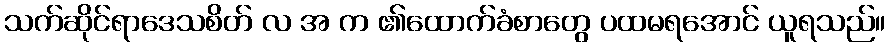
သက်ဆိုင်ရာဒေသစိတ် လ အ က ၏ထောက်ခံစာတွေ ပထမရအောင် ယူရသည်။